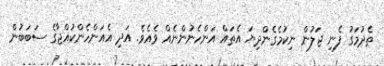
ތެދުމަގު ފެނި ޖަލުން ނިކުމެގެންދިޔަ އެތައް އަންހެނުންނެއް ވެއެވެ. އަދި އެއަންހެންކުއްޖާގެ ސަބަބުން